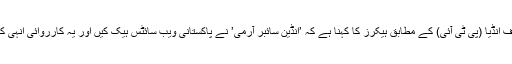
پریس ٹرسٹ آف انڈیا (پی ٹی آئی) کے مطابق ہیکرز کا کہنا ہے کہ ’انڈین سائبر آرمی’ نے پاکستانی ویب سائٹس ہیک کیں اور یہ کارروائی انہی کا ردِ عمل ہے۔